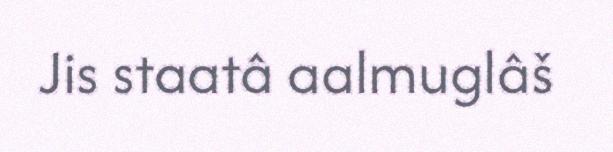
Jis staatâ aalmuglâš